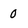
Character: 0